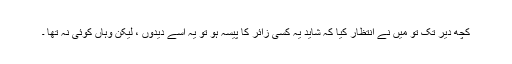
کچھ دیر تک تو میں نے انتظار کیا کہ شاید یہ کسی زائر کا پیسہ ہو تو یہ اسے دیدوں ، لیکن وہاں کوئی نہ تھا ۔